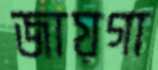
জায়গা